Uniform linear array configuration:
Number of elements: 12
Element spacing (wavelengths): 0.25
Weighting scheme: exponential
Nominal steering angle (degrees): -45
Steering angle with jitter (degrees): -46.058
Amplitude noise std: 0.05
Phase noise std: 0.05

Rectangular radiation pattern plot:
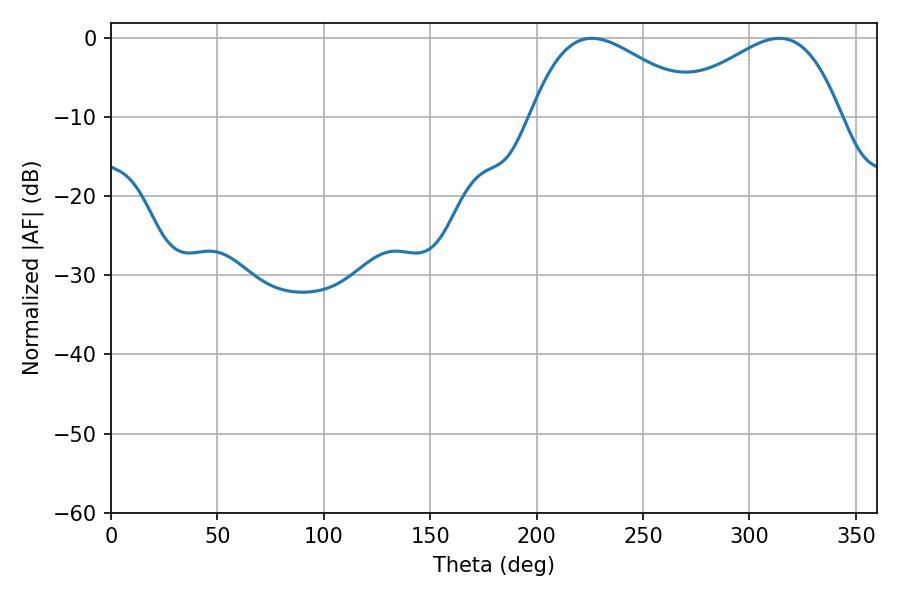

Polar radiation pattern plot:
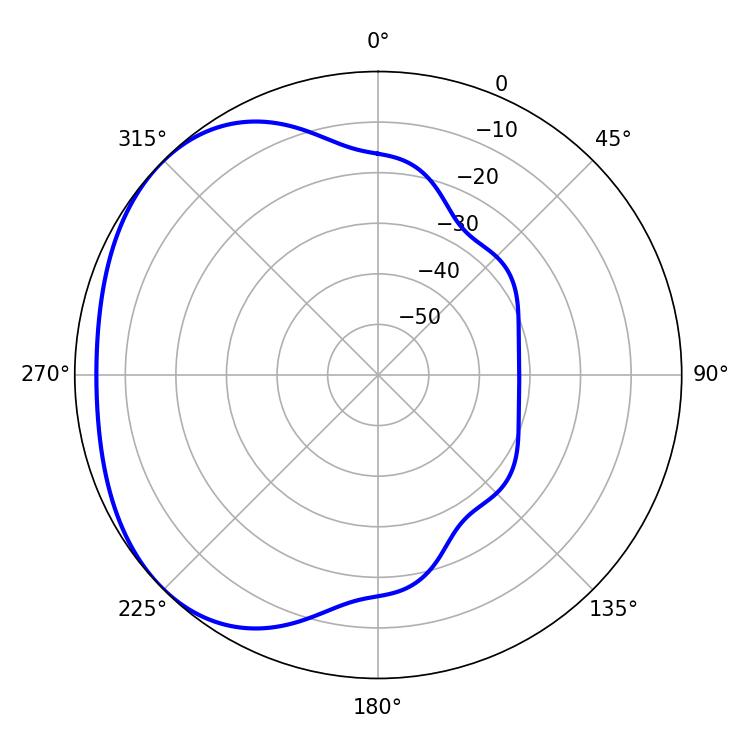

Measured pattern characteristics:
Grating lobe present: FALSE
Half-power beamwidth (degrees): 43.56
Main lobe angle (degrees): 225.9